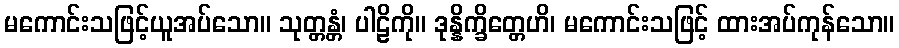
မကောင်းသဖြင့်ယူအပ်သော။ သုတ္တန္တံ၊ ပါဠိကို။ ဒုန္နိက္ခိတ္တေဟိ၊ မကောင်းသဖြင့် ထားအပ်ကုန်သော။